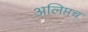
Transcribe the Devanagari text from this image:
अलिप्तच